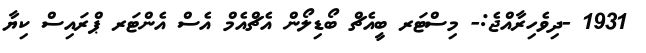
1931 -ދިވެހިރާއްޖެ:- މިސްޓަރ ބީއެޗް ބޯޑިލޯން އެޗްއެމް އެސް އެންޓަރ ޕްރައިސް ކިޔާ